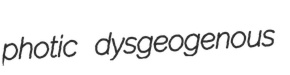
photic dysgeogenous